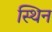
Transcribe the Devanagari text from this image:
स्थिन